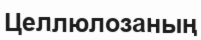
Целлюлозаның